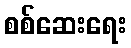
စစ်ဆေးရေး